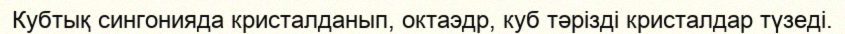
Кубтық сингонияда кристалданып, октаэдр, куб тәрізді кристалдар түзеді.